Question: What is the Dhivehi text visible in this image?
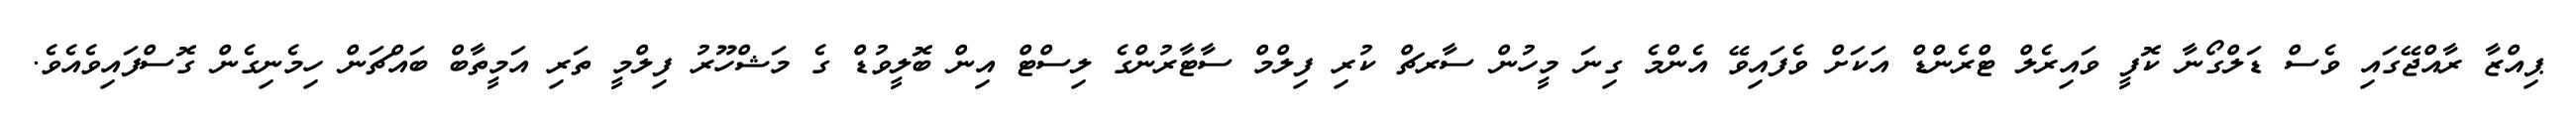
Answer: ޕިއްޒާ ރާއްޖޭގައި ވެސް ޑަލްގޯނާ ކޮފީ ވައިރެލް ޓްރެންޑް އަކަށް ވެފައިވޭ އެންމެ ގިނަ މީހުން ސާރޗް ކުރި ފިލްމް ސާޓާރުންގެ ލިސްޓް އިން ބޮލީވުޑް ގެ މަޝްހޫރު ފިލްމީ ތަރި އަމީތާބް ބައްޗަން ހިމެނިގެން ގޮސްފައިވެއެވެ.